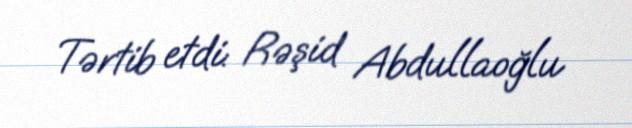
Tərtib etdi: Rəşid Abdullaoğlu